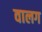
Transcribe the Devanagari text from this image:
वालग